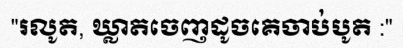
"រលូត, ឃ្លាតចេញដូចគេចាប់បូត :"